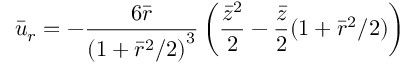
{ \bar { u } } _ { r } = - \frac { 6 \bar { r } } { { ( 1 + { \bar { r } } ^ { 2 } / 2 ) } ^ { 3 } } \left( \frac { { \bar { z } } ^ { 2 } } { 2 } - \frac { \bar { z } } { 2 } { ( 1 + { \bar { r } } ^ { 2 } / 2 ) } \right)